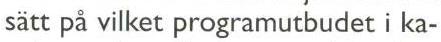
sätt på vilket programutbudet i ka-